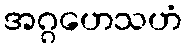
အဂ္ဂဟေသဟံ